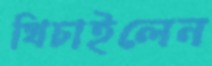
খিচাইলেন